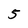
Character: 5